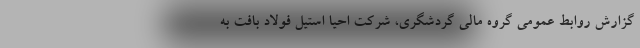
گزارش روابط عمومی گروه مالی گردشگری، شرکت احیا استیل فولاد بافت به